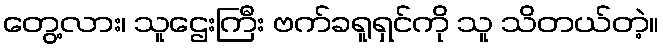
တွေ့လား၊ သူဌေးကြီး ဗက်ခရူရှင်ကို သူ သိတယ်တဲ့။